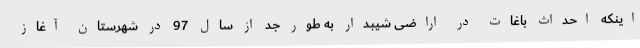
اینکه احداث باغات در اراضی شیبدار به طور جد از سال 97 در شهرستان آغاز